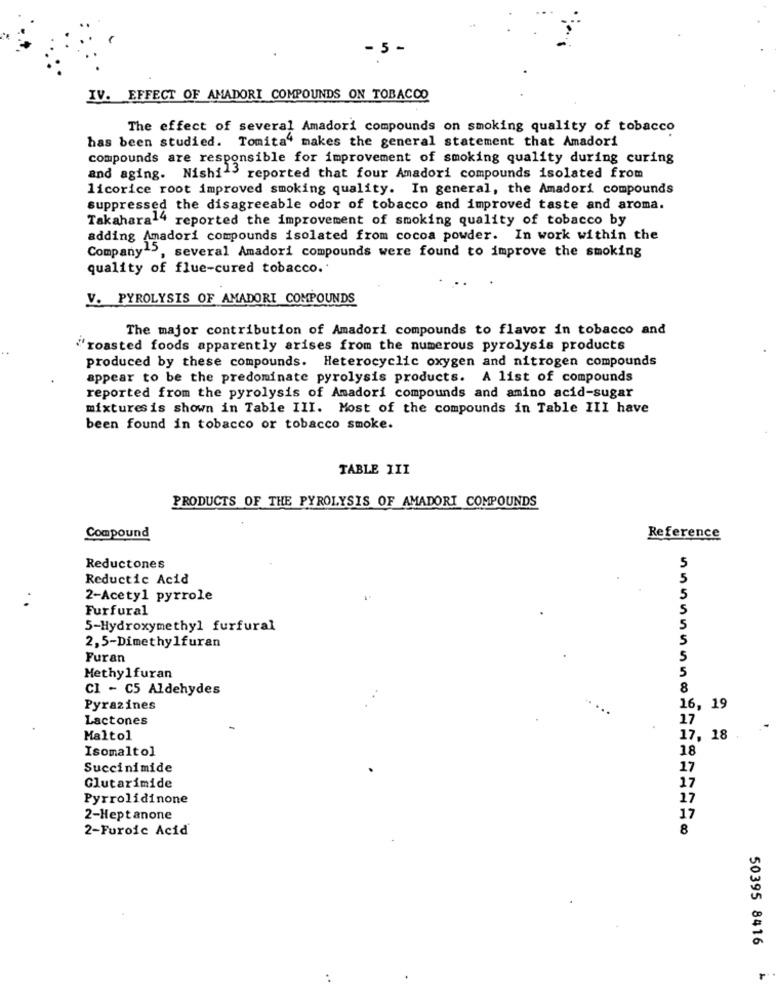
- 5 -
IV. EFFECT OF AMADORI COMPOUNDS ON TOBACCO
The effect of several Amadori compounds on smoking quality of tobacco
has been studied. Tomita" makes the general statement that Amadori
compounds are responsible for improvement of smoking quality during curing
and aging. Nishi's reported that four Amadori compounds isolated from
licorice root improved smoking quality. In general, the Amadori compounds
suppressed the disagreeable odor of tobacco and improved taste and aroma.
Takahara14 reported the improvement of smoking quality of tobacco by
adding Amadori compounds isolated from cocoa powder. In work within the
Company"",
y15, several Amadori compounds were found to improve the smoking
quality of flue-cured tobacco.'
V. PYROLYSIS OF AMADORI COMPOUNDS
The major contribution of Amadori compounds to flavor in tobacco and
"roasted foods apparently arises from the numerous pyrolysis products
produced by these compounds. Heterocyclic oxygen and nitrogen compounds
appear to be the predominate pyrolysis products. A list of compounds
reported from the pyrolysis of Amadori compounds and amino acid-sugar
mixturesis shown in Table III. Most of the compounds in Table III have
been found in tobacco or tobacco smoke.
TABLE III
PRODUCTS OF THE PYROLYSIS OF AMADORI COMPOUNDS
Compound
Reference
Reductones
Reductic Acid
2-Acetyl pyrrole
Furfural
5-Hydroxymethyl furfural
2,5-Dimethylfuran
Furan
5
5
Methylfuran
CI - C5 Aldehydes
8
Pyrazines
16, 19
Lactones
17
Maltol
17, 18
Isomaltol
18
Succinimide
17
Glutarimide
17
Pyrrolidinone
17
2-Heptanone
17
2-Furoic Acid
8
50395 8416